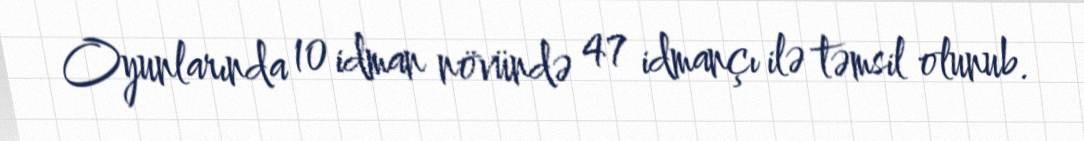
Oyunlarında 10 idman növündə 47 idmançı ilə təmsil olunub.